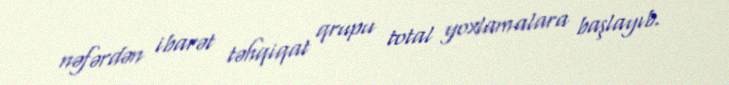
nəfərdən ibarət təhqiqat qrupu total yoxlamalara başlayıb.